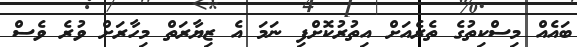
ބައެއް މިސްކިތުގެ ތެރެއަށް އިތުރުކޮށްފި ނަމަ އެ ޒިޔާރަތް މިހާރަށް ވުރެ ވެސް